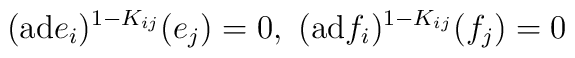
({\rm ad}e_i)^{1-K_{ij}}(e_j)=0,~({\rm ad}f_i)^{1-K_{ij}}(f_j)=0